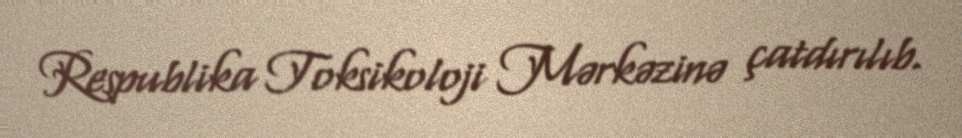
Respublika Toksikoloji Mərkəzinə çatdırılıb.